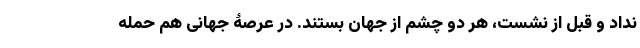
نداد و قبل از نشست، هر دو چشم از جهان بستند. در عرصۀ جهانی هم حمله